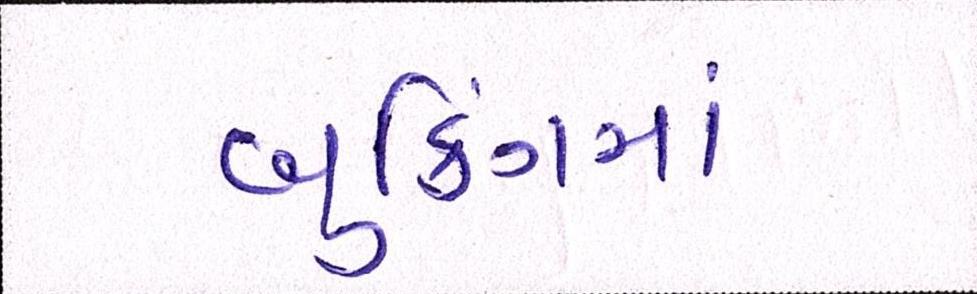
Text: બુકિંગમાં